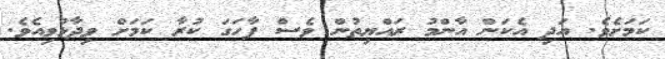
ކަމަށެވެ. އަދި އެކަން އާންމު ރައްޔިތުން ވެސް ފާހަގަ ކުރާ ކަމަށް ވިދާޅުވިއެވެ.